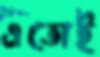
এতোই